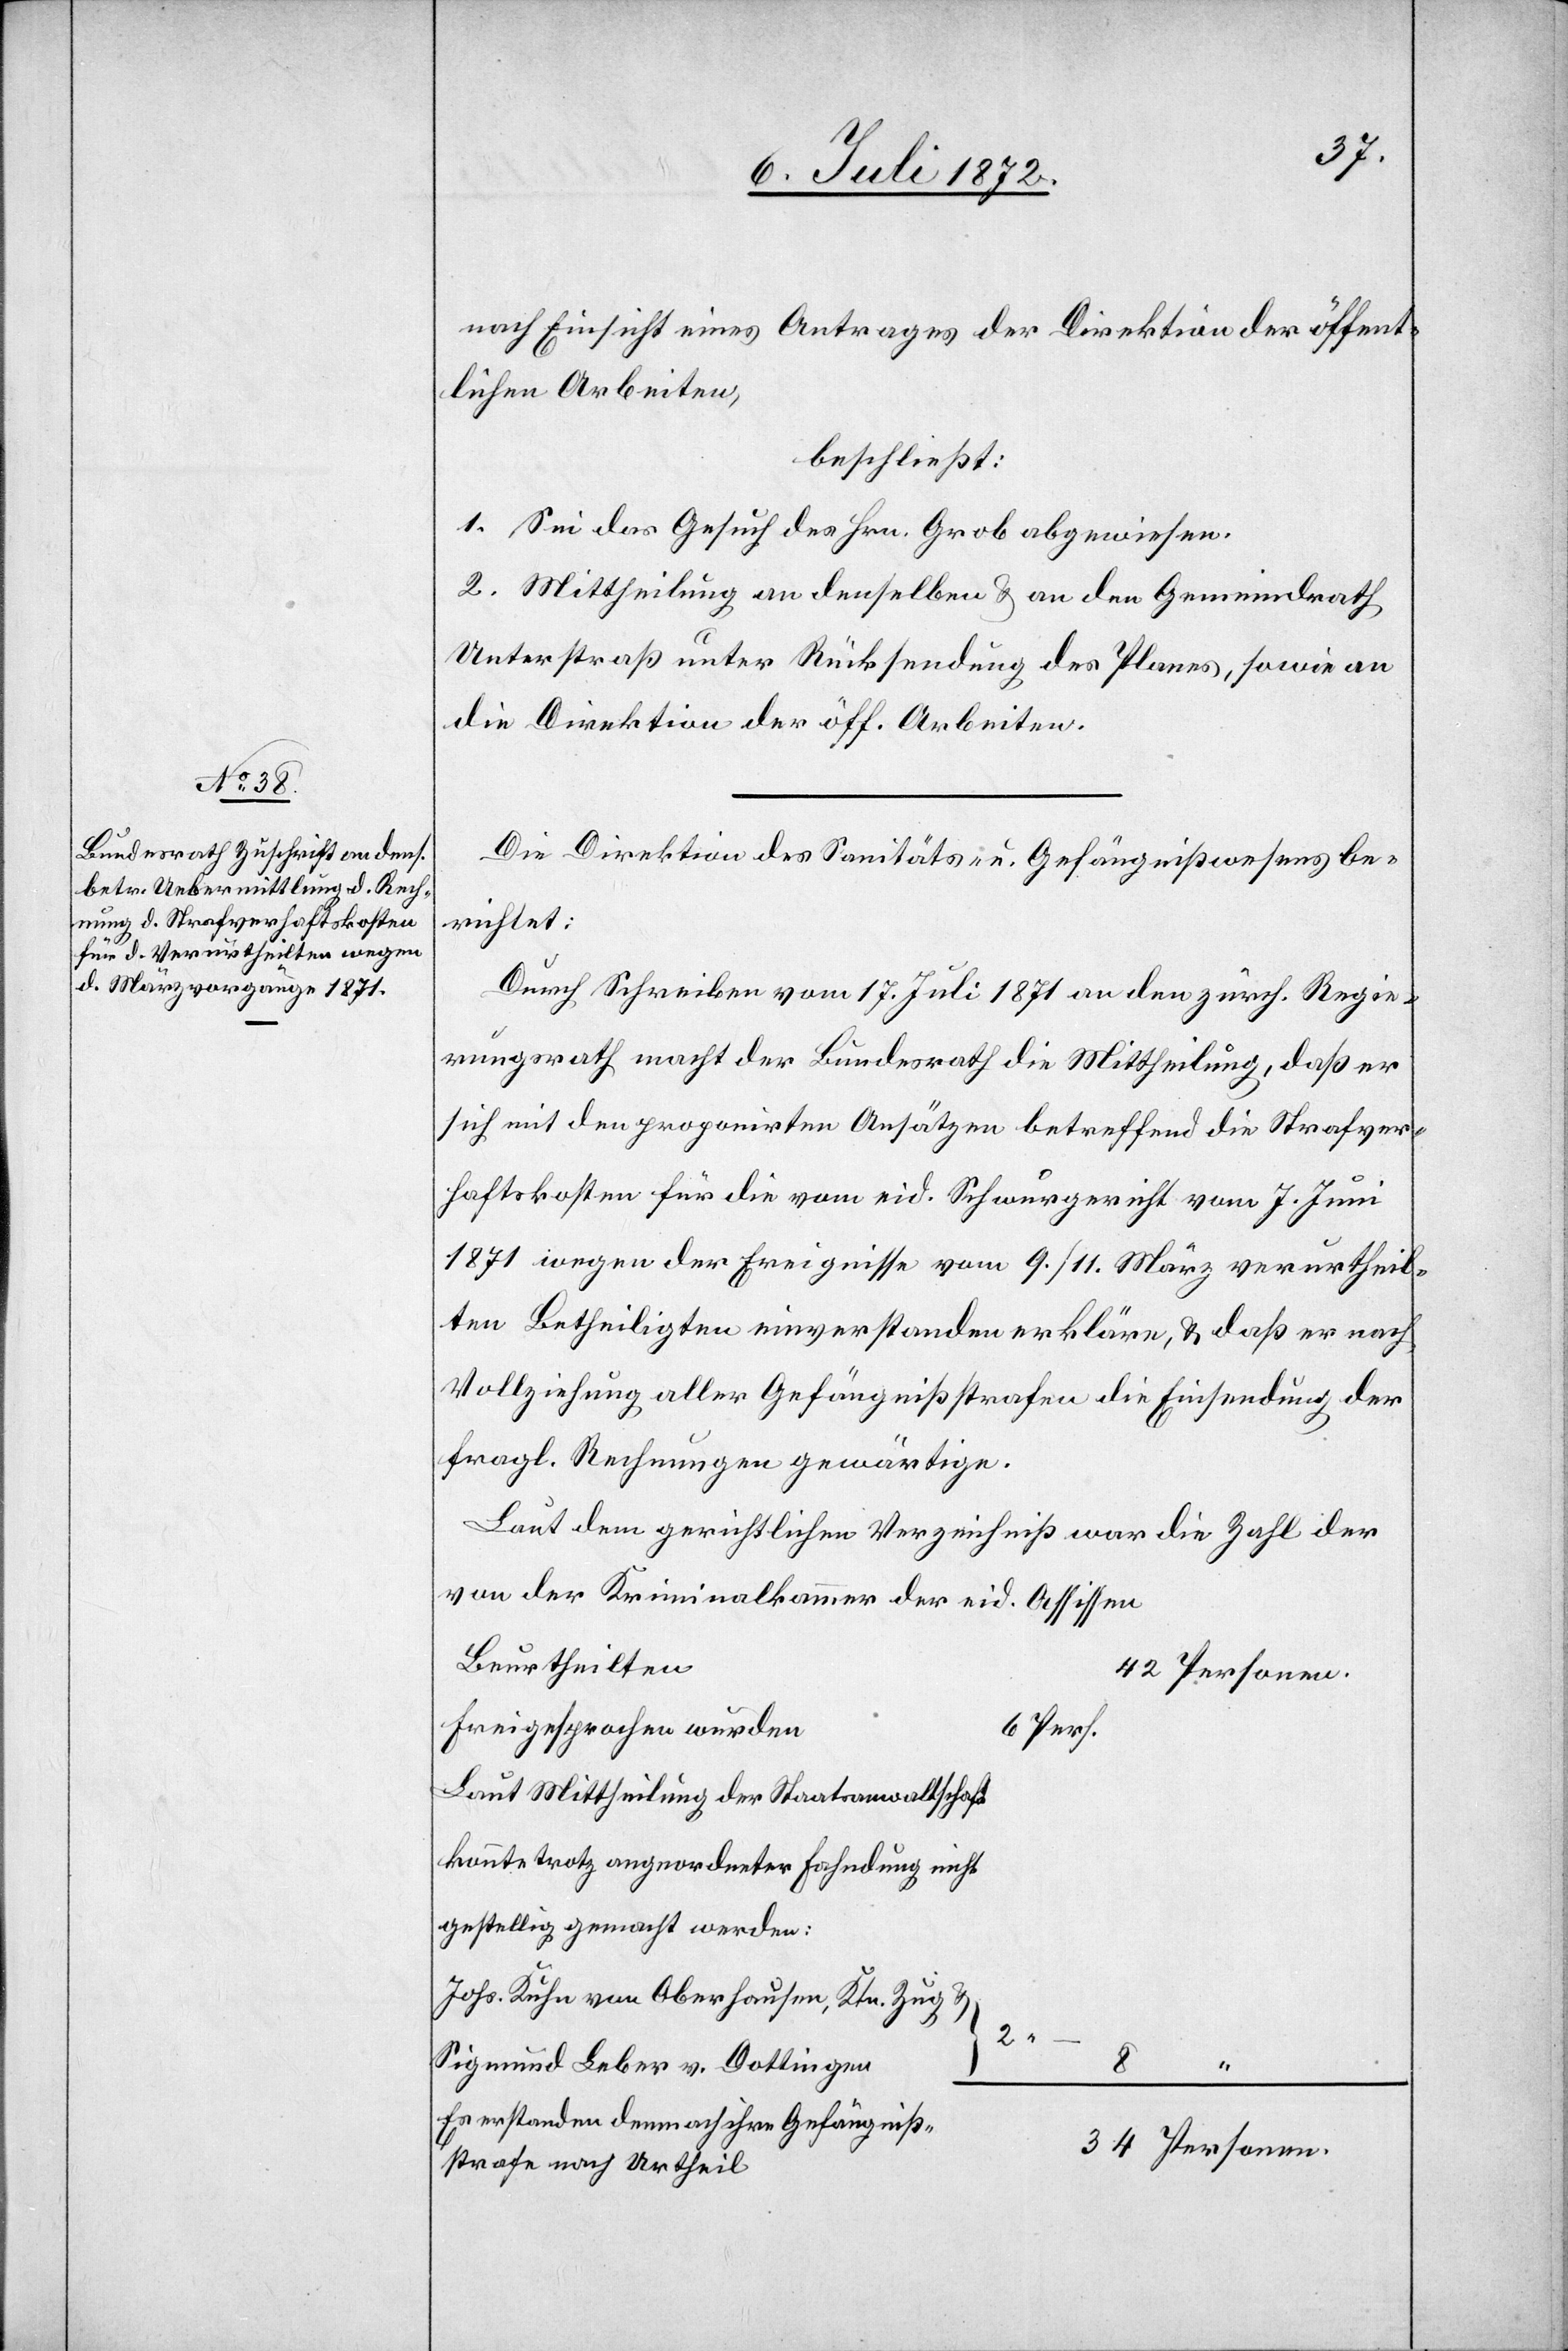
nach Einsicht eines Antrages der Direktion der öffent¬
lichen Arbeiten,
beschließt:
1. Sei das Gesuch des Hrn. Grob abgewiesen.
2. Mittheilung an denselben u. an den Gemeindrath
Unterstraß unter Rücksendung des Planes, sowie an
die Direktion der öff. Arbeiten.
Die Direktion des Sanitäts- u. Gefängnißwesens be¬
richtet:
Durch Schreiben vom 17. Juli 1871 an den zürch. Regie¬
rungsrath macht der Bundesrath die Mittheilung, daß er
sich mit den proponirten Ansätzen betreffend die Strafver¬
haftskosten für die vom eid. Schwurgericht vom 7. Juni
1871 wegen der Ereignisse vom 9./11. März verurtheil¬
ten Betheiligten einverstanden erkläre, u. daß er nach
Vollziehung aller Gefängnißstrafen die Einsendung der
fragl. Rechnungen gewärtige.
Laut dem gerichtlichen Verzeichniß war die Zahl der
von der Kriminalkammer der eid. Assissen
Beurtheilten
42 Personen.
freigesprochen wurden
6 Pers.
Laut Mittheilung der Staatsanwaltschaft
konnte trotz angeordneter Fahndung nicht
gestellig gemacht werden:
Johs. Kuhn von Oberhausen, Ktn. Zug
u.
Sigmund Leber v. Dottingen
2
Es erstanden demnach ihre Gefängniß¬
34 Personen.
strafe nach Urtheil